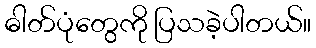
ဓါတ်ပုံတွေကို ပြသခဲ့ပါတယ်။